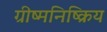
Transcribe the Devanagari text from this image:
ग्रीष्मनिष्क्रिय